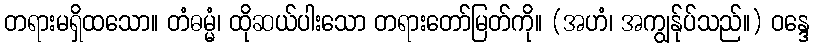
တရားမရှိထသော။ တံဓမ္မံ၊ ထိုဆယ်ပါးသော တရားတော်မြတ်ကို။ (အဟံ၊ အကျွန်ုပ်သည်။) ဝန္ဒေ